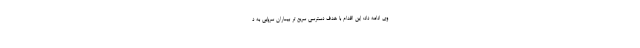
وی ادامه داد: این اقدام با هدف دسترسی سریع تر بیماران سرپایی به د